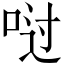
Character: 𫪀